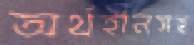
অর্থহীনসহ